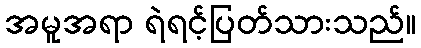
အမူအရာ ရဲရင့်ပြတ်သားသည်။